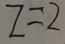
z = 2